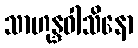
သာဟုန္ဒဝါသိနော